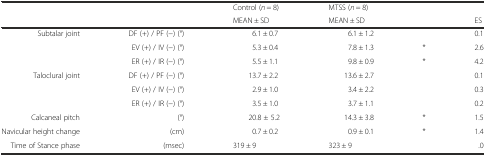
<table><thead><tr><td rowspan="2" colspan="2"></td><td><b>Control (<i>n</i> = 8)</b></td><td><b>MTSS (<i>n</i> = 8)</b></td><td rowspan="2"></td><td></td></tr><tr><td><b>MEAN ± SD</b></td><td><b>MEAN ± SD</b></td><td><b>ES</b></td></tr></thead><tbody><tr><td rowspan="3">Subtalar joint</td><td>DF (+) / PF (−) (°)</td><td>6.1 ± 0.7</td><td>6.1 ± 1.2</td><td></td><td>0.1</td></tr><tr><td>EV (+) / IV (−) (°)</td><td>5.3 ± 0.4</td><td>7.8 ± 1.3</td><td>*</td><td>2.6</td></tr><tr><td>ER (+) / IR (−) (°)</td><td>5.5 ± 1.1</td><td>9.8 ± 0.9</td><td>*</td><td>4.2</td></tr><tr><td rowspan="3">Taloclural joint</td><td>DF (+) / PF (−) (°)</td><td>13.7 ± 2.2</td><td>13.6 ± 2.7</td><td></td><td>0.1</td></tr><tr><td>EV (+) / IV (−) (°)</td><td>2.9 ± 1.0</td><td>3.4 ± 2.2</td><td></td><td>0.3</td></tr><tr><td>ER (+) / IR (−) (°)</td><td>3.5 ± 1.0</td><td>3.7 ± 1.1</td><td></td><td>0.2</td></tr><tr><td>Calcaneal pitch</td><td>(°)</td><td>20.8 ± 5.2</td><td>14.3 ± 3.8</td><td>*</td><td>1.5</td></tr><tr><td>Navicular height change</td><td>(cm)</td><td>0.7 ± 0.2</td><td>0.9 ± 0.1</td><td>*</td><td>1.4</td></tr><tr><td>Time of Stance phase</td><td>(msec)</td><td>319 ± 9</td><td>323 ± 9</td><td></td><td>.0</td></tr></tbody></table>